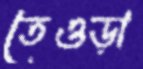
তেওড়া